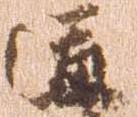
道